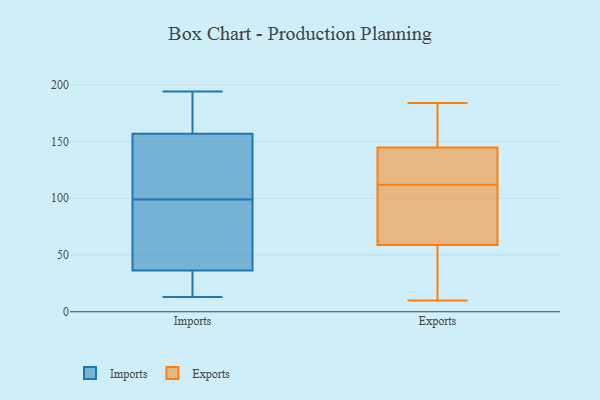
{"axis": {"x": "Churn Rate (%)", "y": "Value"}, "legend": ["Exports", "Imports"], "data": [{"x": "", "y": 194, "type": "Imports"}, {"x": "", "y": 99, "type": "Imports"}, {"x": "", "y": 120, "type": "Imports"}, {"x": "", "y": 16, "type": "Imports"}, {"x": "", "y": 162, "type": "Imports"}, {"x": "", "y": 128, "type": "Imports"}, {"x": "", "y": 37, "type": "Imports"}, {"x": "", "y": 13, "type": "Imports"}, {"x": "", "y": 164, "type": "Imports"}, {"x": "", "y": 147, "type": "Imports"}, {"x": "", "y": 160, "type": "Imports"}, {"x": "", "y": 85, "type": "Imports"}, {"x": "", "y": 84, "type": "Imports"}, {"x": "", "y": 32, "type": "Imports"}, {"x": "", "y": 36, "type": "Imports"}, {"x": "", "y": 10, "type": "Exports"}, {"x": "", "y": 180, "type": "Exports"}, {"x": "", "y": 28, "type": "Exports"}, {"x": "", "y": 64, "type": "Exports"}, {"x": "", "y": 153, "type": "Exports"}, {"x": "", "y": 112, "type": "Exports"}, {"x": "", "y": 147, "type": "Exports"}, {"x": "", "y": 66, "type": "Exports"}, {"x": "", "y": 86, "type": "Exports"}, {"x": "", "y": 129, "type": "Exports"}, {"x": "", "y": 117, "type": "Exports"}, {"x": "", "y": 57, "type": "Exports"}, {"x": "", "y": 26, "type": "Exports"}, {"x": "", "y": 184, "type": "Exports"}, {"x": "", "y": 138, "type": "Exports"}]}